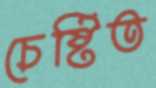
চেষ্টিত